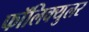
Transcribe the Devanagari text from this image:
फॉलिक्युलर